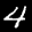
Label: 4